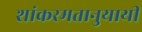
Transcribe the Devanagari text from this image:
शांकरमतानुयायी